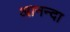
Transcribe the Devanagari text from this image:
आनन्दा